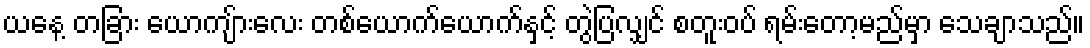
ယနေ့ တခြား ယောကျ်ားလေး တစ်ယောက်ယောက်နှင့် တွဲပြလျှင် စတူးဝပ် ရမ်းတော့မည်မှာ သေချာသည်။